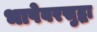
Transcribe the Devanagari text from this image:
भाषेवरसुद्धा